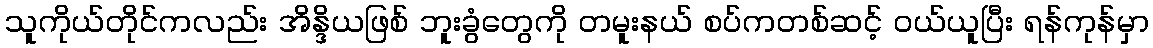
သူကိုယ်တိုင်ကလည်း အိန္ဒိယဖြစ် ဘူးခွံတွေကို တမူးနယ် စပ်ကတစ်ဆင့် ဝယ်ယူပြီး ရန်ကုန်မှာ